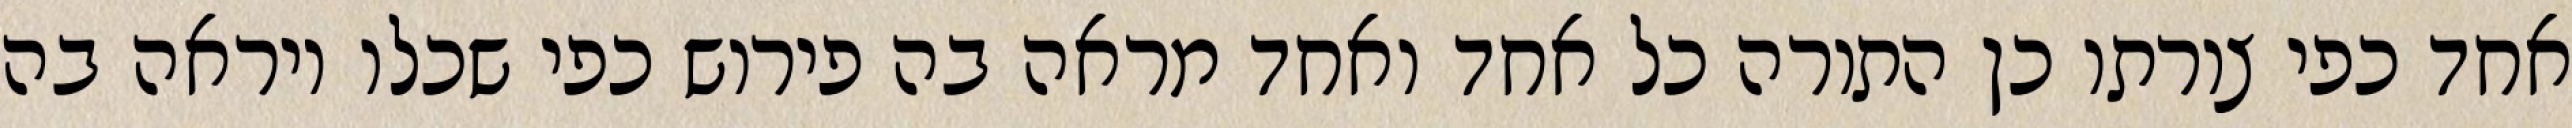
אחד כפי צורתו כן התורה כל אחד ואחד מראה בה פירוש כפי שכלו ויראה בה